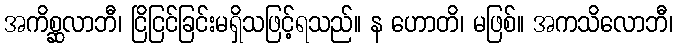
အကိစ္ဆလာဘီ၊ ငြိငြင်ခြင်းမရှိသဖြင့်ရသည်။ န ဟောတိ၊ မဖြစ်။ အကသိလောဘီ၊